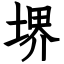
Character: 堺